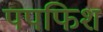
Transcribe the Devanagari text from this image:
पपफिश